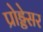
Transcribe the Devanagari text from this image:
प्रोड्डेसर